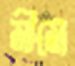
মীমে